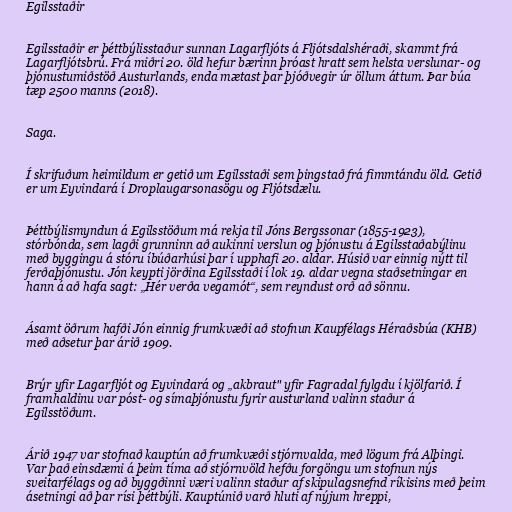
Egilsstaðir

Egilsstaðir er þéttbýlisstaður sunnan Lagarfljóts á Fljótsdalshéraði, skammt frá
Lagarfljótsbrú. Frá miðri 20. öld hefur bærinn þróast hratt sem helsta verslunar- og
þjónustumiðstöð Austurlands, enda mætast þar þjóðvegir úr öllum áttum. Þar búa
tæp 2500 manns (2018).

Saga.

Í skrifuðum heimildum er getið um Egilsstaði sem þingstað frá fimmtándu öld. Getið
er um Eyvindará í Droplaugarsonasögu og Fljótsdælu.

Þéttbýlismyndun á Egilsstöðum má rekja til Jóns Bergssonar (1855-1923),
stórbónda, sem lagði grunninn að aukinni verslun og þjónustu á Egilsstaðabýlinu
með byggingu á stóru íbúðarhúsi þar í upphafi 20. aldar. Húsið var einnig nýtt til
ferðaþjónustu. Jón keypti jörðina Egilsstaði í lok 19. aldar vegna staðsetningar en
hann á að hafa sagt: „Hér verða vegamót“, sem reyndust orð að sönnu.

Ásamt öðrum hafði Jón einnig frumkvæði að stofnun Kaupfélags Héraðsbúa (KHB)
með aðsetur þar árið 1909.

Brýr yfir Lagarfljót og Eyvindará og „akbraut" yfir Fagradal fylgdu í kjölfarið. Í
framhaldinu var póst- og símaþjónustu fyrir austurland valinn staður á
Egilsstöðum.

Árið 1947 var stofnað kauptún að frumkvæði stjórnvalda, með lögum frá Alþingi.
Var það einsdæmi á þeim tíma að stjórnvöld hefðu forgöngu um stofnun nýs
sveitarfélags og að byggðinni væri valinn staður af skipulagsnefnd ríkisins með þeim
ásetningi að þar rísi þéttbýli. Kauptúnið varð hluti af nýjum hreppi,